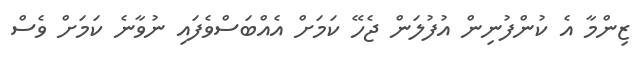
ޒިންމާ އެ ކުންފުނިން އުފުލަން ޖެހޭ ކަމަށް އެއްބަސްވެފައި ނުވާނެ ކަމަށް ވެސް